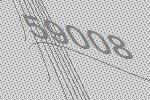
59008